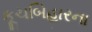
કૂચબિહારના